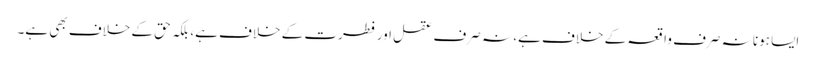
ایسا ہونا نہ صرف واقعہ کے خلاف ہے، نہ صرف عقل اور فطرت کے خلاف ہے، بلکہ حق کے خلاف بھی ہے۔